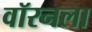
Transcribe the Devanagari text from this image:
वॉरनला